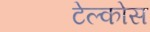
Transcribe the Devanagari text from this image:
टेल्कोस